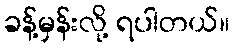
ခန့်မှန်းလို့ ရပါတယ်။